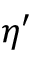
\eta ^ { \prime }